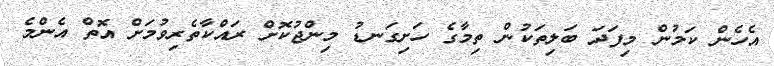
އެހެން ކަމުން މިފަދަ ބަލިތަކުން ތިމާގެ ހަށިގަނޑު މިންޖުކޮށް ރައްކާތެރިވުމަށް އޮތް އެންމެ